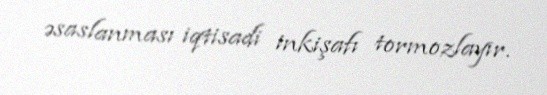
əsaslanması iqtisadi inkişafı tormozlayır.